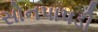
સોનપાપડી